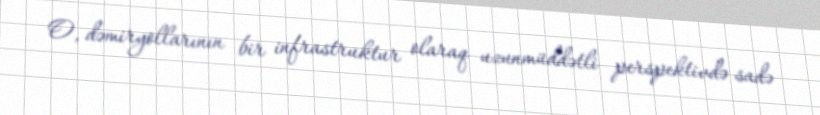
O, dəmiryollarının bir infrastruktur olaraq uzunmüddətli perspektivdə sadə